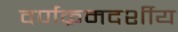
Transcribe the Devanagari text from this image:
वर्णक्रमदर्शीय